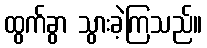
ထွက်ခွာ သွားခဲ့ကြသည်။